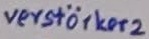
Text: verstärker2